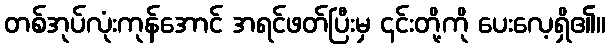
တစ်အုပ်လုံးကုန်အောင် အရင်ဖတ်ပြီးမှ ၎င်းတို့ကို ပေးလေ့ရှိ၏။